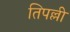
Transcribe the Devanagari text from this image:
तिपल्ली